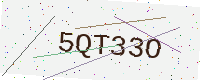
Text: 5QT33O